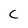
Character: C